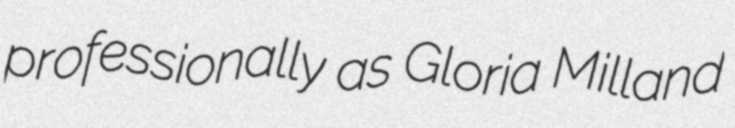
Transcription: professionally as Gloria Milland